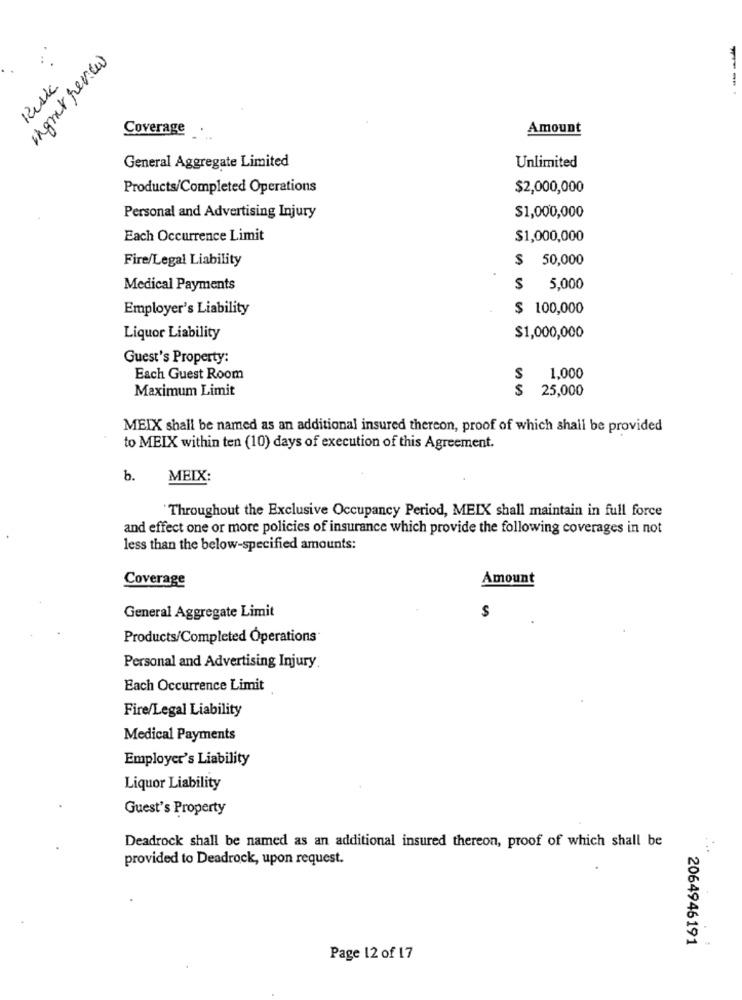
ingmar review
Risk
Coverage .
Amount
General Aggregate Limited
Unlimited
Products/Completed Operations
$2,000,000
Personal and Advertising Injury
$1,000,000
Each Occurrence Limit
$1,000,000
Fire/Legal Liability
$ 50,000
Medical Payments
$ 5,000
Employer's Liability
$ 100,000
Liquor Liability
$1,000,000
Guest's Property:
Each Guest Room
S
1,000
Maximum Limit
25,000
MEIX shall be named as an additional insured thereon, proof of which shall be provided
to MEIX within ten (10) days of execution of this Agreement.
b.
MEIX:
'Throughout the Exclusive Occupancy Period, MEIX shall maintain in full force
and effect one or more policies of insurance which provide the following coverages in not
less than the below-specified amounts:
Coverage
Amount
General Aggregate Limit
S
Products/Completed Operations
Personal and Advertising Injury
Each Occurrence Limit
Fire/Legal Liability
Medical Payments
Employer's Liability
Liquor Liability
Guest's Property
Deadrock shall be named as an additional insured thereon, proof of which shall be
provided to Deadrock, upon request.
2064946191
Page 12 of 17